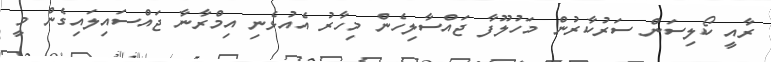
ރާއީ ކޯލިސަން ސަރުކާރުން މަހުލޫފާ ޖައްސާލިހެން މިހާރު އެއުޅެނި އިމްރާނާ ޖައްސައިލައިގެން މީ